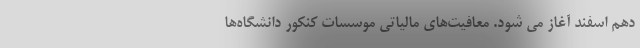
دهم اسفند آغاز می شود. معافیت‌های مالیاتی موسسات کنکور دانشگاه‌ها